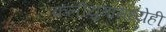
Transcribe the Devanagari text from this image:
कलीयुगामध्येही